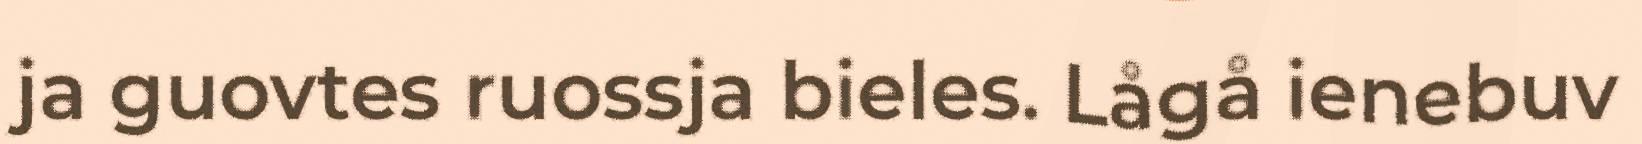
ja guovtes ruossja bieles. Lågå ienebuv